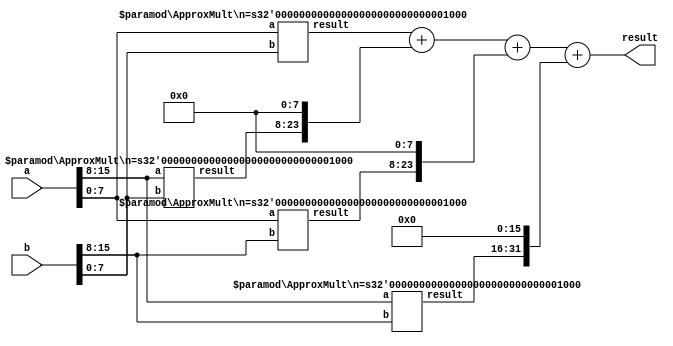
module ApproxMult (a,b,result);
parameter n=16;
input  wire [n-1 :0] a;
input  wire [n-1 :0] b;
output wire [2*n-1 :0] result;
//这里按照所给出的卡诺图所写的第一步近似计算电路
generate
if(n == 2) begin
assign result[3]=0;
and(result[2],a[1],b[1]);
assign result[1]=(b[0]&a[1])|(b[1]&a[0]);
and(result[0],b[0],a[0]);
end 
else begin
//通过不断迭代同一个结构实现位数的配置
wire [n/2-1 :0] AH;
wire [n/2-1 :0] AL;
wire [n/2-1 :0] BH;
wire [n/2-1 :0] BL;
wire [n-1 :0] result_ALBL;
wire [n-1 :0] result_AHBL;
wire [n-1 :0] result_ALBH;
wire [n-1 :0] result_AHBH;
// 对AH,AL,BH,BL进行赋值
assign AH=a[n-1 :n/2];
assign AL=a[n/2-1 :0];
assign BH=b[n-1 :n/2];
assign BL=b[n/2-1 :0];
ApproxMult #(.n(n/2) )ALBL(.a(AL),.b(BL),.result(result_ALBL));
ApproxMult #(.n(n/2) )AHBL(.a(AH),.b(BL),.result(result_AHBL));
ApproxMult #(.n(n/2) )ALBH(.a(AL),.b(BH),.result(result_ALBH));
ApproxMult #(.n(n/2) )AHBH(.a(AH),.b(BH),.result(result_AHBH));
//这一行可以采用wallce tree的形式进行改写
//==================================================================================
//                               wallce tree
//===================================================================================
// wire [n*3/2-1 :0] co1;
// wire [n*3/2-1 :0] s1;
//  wire [2*n-1 :0] co2;
//  wire [2*n-1 :0] s2;
// compression_3_2 #(.n(n*3/2)) compression_3_2_1(.a({{(n/2){1'b0}},result_ALBL}),.b({result_AHBL,{(n/2){1'b0}}}),.c({result_ALBH,{(n/2){1'b0}}}),.co(co1),.s(s1));
// compression_3_2 #(.n(2*n))  compression_3_2_2(.a({{(n-1){1'b0}},co1,1'b0}),.b({{n{1'b0}},s1}),.c({result_AHBH,{n{1'b0}}}),.co(co2),.s(s2));
assign result = {{n{1'b0}},result_ALBL}+{{n/2{1'b0}},result_AHBL,{n/2{1'b0}}}+{{n/2{1'b0}},result_ALBH,{n/2{1'b0}}}+{result_AHBH,{n{1'b0}}};
// assign result=co2*2+s2;
end
endgenerate
endmodule